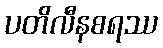
ပတိလီနစရဿ